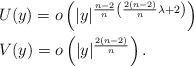
\begin{align*} &U(y)=o\left(|y|^{\frac{n-2}{n}\left(\frac{2(n-2)}{n}\lambda+2\right)}\right)\\ &V(y)=o\left(|y|^{\frac{2(n-2)}{n}}\right). \end{align*}